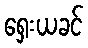
ရှေးယခင်